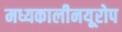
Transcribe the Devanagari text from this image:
मध्यकालीनयूरोप